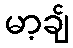
မာ့ချ်